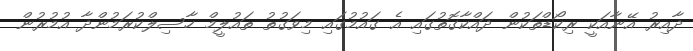
ދާއިރު އޭނާއަކީ ރިކޯޑްތަކުން ދައްކާގޮތުގައި އެ ގައުމުގައި މިވަގުތު ތައުލީމް ހާސިލްކުރަމުންދާ އުމުރުން